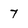
Character: 7